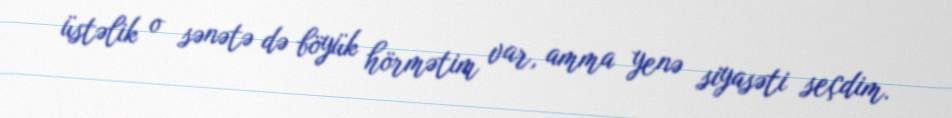
üstəlik o sənətə də böyük hörmətim var, amma yenə siyasəti seçdim.